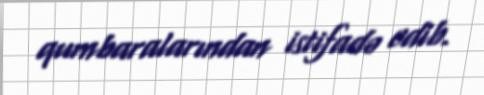
qumbaralarından istifadə edib.